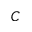
C